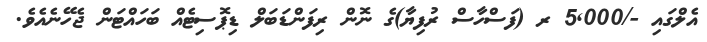
އެލްގައި -/5